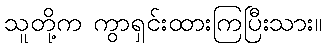
သူတို့က ကွာရှင်းထားကြပြီးသား။